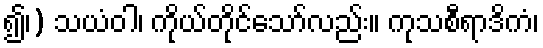
၍၊) သယံဝါ၊ ကိုယ်တိုင်သော်လည်း။ ကုသစီရာဒိကံ၊